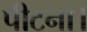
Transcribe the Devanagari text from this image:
पीटना।